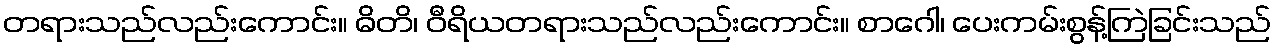
တရားသည်လည်းကောင်း။ ဓိတိ၊ ဝီရိယတရားသည်လည်းကောင်း။ စာဂေါ၊ ပေးကမ်းစွန့်ကြဲခြင်းသည်